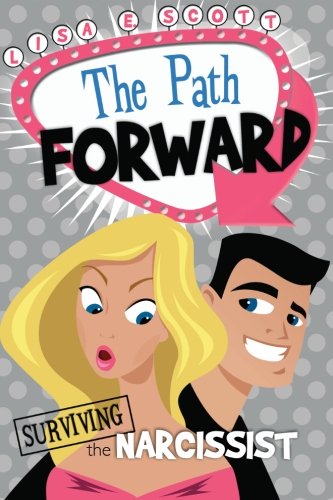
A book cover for The Path Forward: Surviving the Narcissist; Lisa E. Scott; Parenting & Relationships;